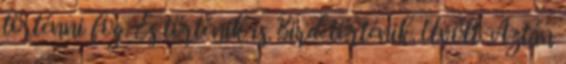
történni fog. És történik is. Bird. történik. Üvölt. Aztán